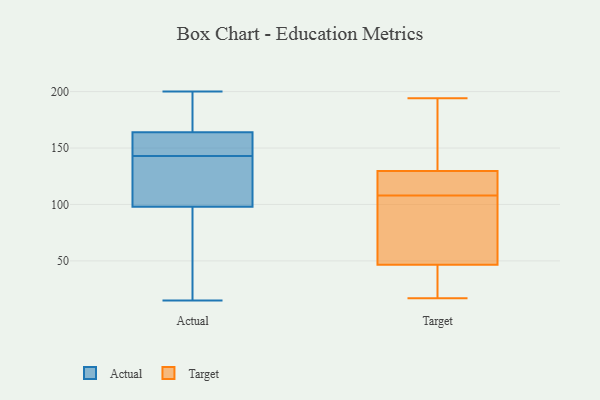
{"axis": {"x": "Temperature (°C)", "y": "Value"}, "legend": ["Actual", "Target"], "data": [{"x": "", "y": 154, "type": "Actual"}, {"x": "", "y": 98, "type": "Actual"}, {"x": "", "y": 164, "type": "Actual"}, {"x": "", "y": 52, "type": "Actual"}, {"x": "", "y": 58, "type": "Actual"}, {"x": "", "y": 167, "type": "Actual"}, {"x": "", "y": 156, "type": "Actual"}, {"x": "", "y": 140, "type": "Actual"}, {"x": "", "y": 48, "type": "Actual"}, {"x": "", "y": 184, "type": "Actual"}, {"x": "", "y": 200, "type": "Actual"}, {"x": "", "y": 141, "type": "Actual"}, {"x": "", "y": 15, "type": "Actual"}, {"x": "", "y": 141, "type": "Actual"}, {"x": "", "y": 190, "type": "Actual"}, {"x": "", "y": 107, "type": "Actual"}, {"x": "", "y": 157, "type": "Actual"}, {"x": "", "y": 145, "type": "Actual"}, {"x": "", "y": 124, "type": "Target"}, {"x": "", "y": 116, "type": "Target"}, {"x": "", "y": 194, "type": "Target"}, {"x": "", "y": 45, "type": "Target"}, {"x": "", "y": 70, "type": "Target"}, {"x": "", "y": 138, "type": "Target"}, {"x": "", "y": 47, "type": "Target"}, {"x": "", "y": 142, "type": "Target"}, {"x": "", "y": 17, "type": "Target"}, {"x": "", "y": 127, "type": "Target"}, {"x": "", "y": 37, "type": "Target"}, {"x": "", "y": 92, "type": "Target"}, {"x": "", "y": 108, "type": "Target"}]}